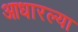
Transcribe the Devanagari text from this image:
आधारल्या